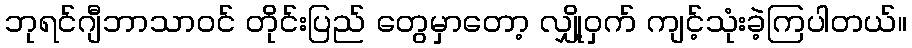
ဘုရင်ဂျီဘာသာဝင် တိုင်းပြည် တွေမှာတော့ လျှို့ဝှက် ကျင့်သုံးခဲ့ကြပါတယ်။